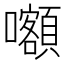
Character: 𡅅